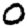
Digit: 0